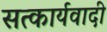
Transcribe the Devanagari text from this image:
सत्कार्यवादी